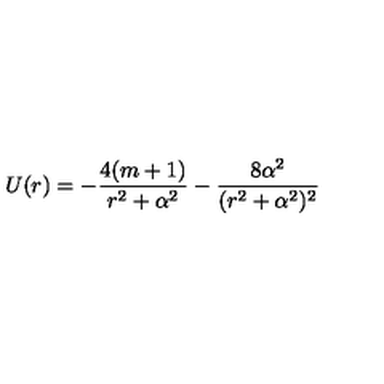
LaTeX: U ( r ) = - { \frac { 4 ( m + 1 ) } { r ^ { 2 } + \alpha ^ { 2 } } } - { \frac { 8 \alpha ^ { 2 } } { ( r ^ { 2 } + \alpha ^ { 2 } ) ^ { 2 } } }